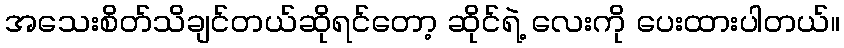
အသေးစိတ်သိချင်တယ်ဆိုရင်တော့ ဆိုင်ရဲ့ လေးကို ပေးထားပါတယ်။